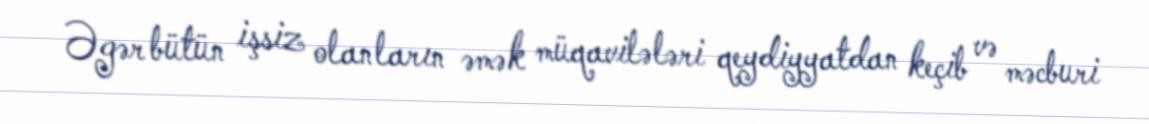
Əgər bütün işsiz olanların əmək müqavilələri qeydiyyatdan keçib və məcburi